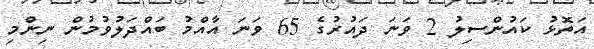
އަތޮޅު ކައުންސިލު 2 ވަނަ ދައުރުގެ 65 ވަނަ އާއްމު ބައްދަލުވުމުން ނިންމި